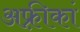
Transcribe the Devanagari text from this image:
अफ़्रीकां